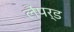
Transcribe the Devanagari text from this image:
लैंपर्ड